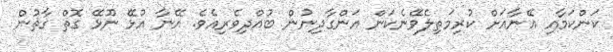
ކަންކަމާއި އޭނާއަށް ކުރިމަތިލެވޭނެކަން އަންގާދިނުން ބުއްދިވެރިއެވެ. އޭނާ އުޅޭ ނޫޅޭ ގޮތް ގާތުން